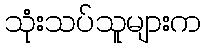
သုံးသပ်သူများက